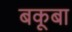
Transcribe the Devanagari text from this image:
बकूबा